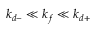
k _ { d - } \ll k _ { f } \ll k _ { d + }